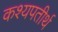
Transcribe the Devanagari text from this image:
कश्यपतीर्थ